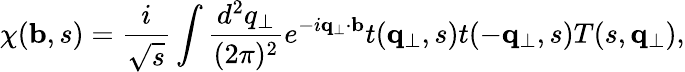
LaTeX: \chi({\mathbf b},s)=\frac{i}{\sqrt{s}}\int\frac{d^{2}q_{\perp}}{(2\pi)^{2}}e^{-i{\mathbf q}_{\perp}\cdot{\mathbf b}}t({\mathbf q}_{\perp},s)t(-{\mathbf q}_{\perp},s)T(s,{\mathbf q}_{\perp}),